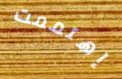
إهتممت